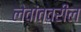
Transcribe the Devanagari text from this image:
लेवांतवरील